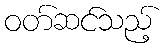
ဝတ်ဆင်သည့်